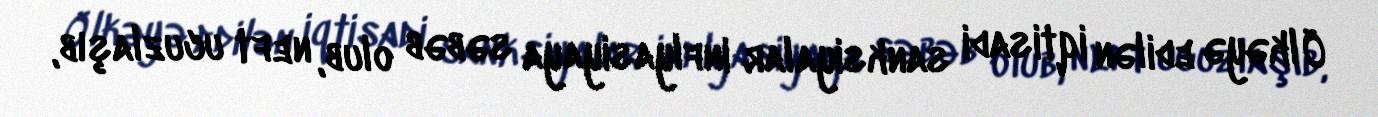
Ölkəyə edilən iqtisadi sanksiyalar inflyasiyaya səbəb olub, neft ucuzlaşıb,